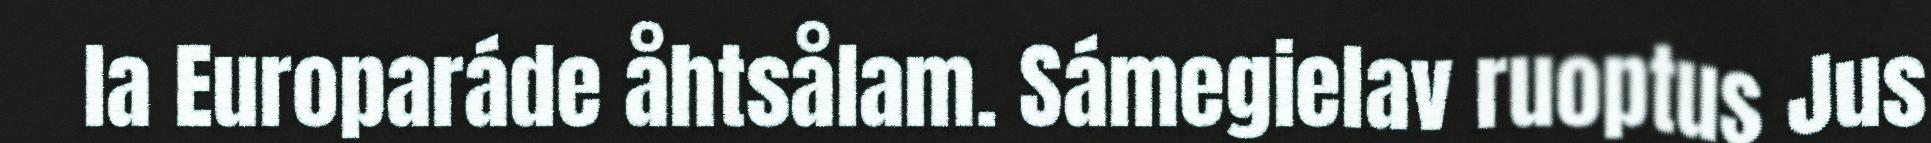
la Europaráde åhtsålam. Sámegielav ruoptus Jus